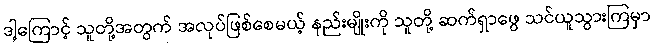
ဒါ့ကြောင့် သူတို့အတွက် အလုပ်ဖြစ်စေမယ့် နည်းမျိုးကို သူတို့ ဆက်ရှာဖွေ သင်ယူသွားကြမှာ